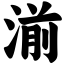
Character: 湔